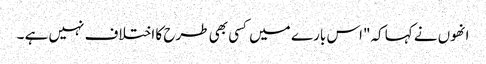
انھوں نے کہا کہ"اس بار ے میں کسی بھی طرح کا اختلاف نہیں ہے ۔